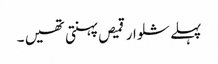
پہلے شلوار قمیص پہنتی تھیں ۔